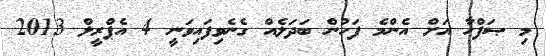
މި ޞަފްހާ އަށް އެންމެ ފަހުން ބަދަލެއް ގެނެވިފައިވަނީ 4 އެޕްރީލް 2013